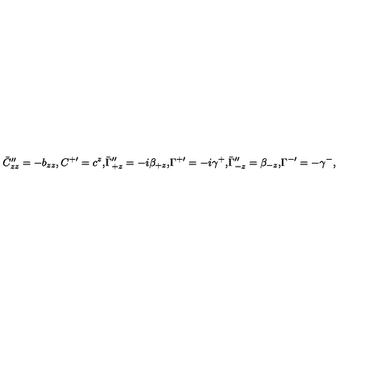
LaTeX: \begin{matrix} { \bar { C } _ { z z } ^ { \prime \prime } = - b _ { z z } , } & { C ^ { + \prime } = c ^ { z } , } \\ { \bar { \Gamma } _ { + z } ^ { \prime \prime } = - i \beta _ { + z } , } & { \Gamma ^ { + \prime } = - i \gamma ^ { + } , } \\ { \bar { \Gamma } _ { - z } ^ { \prime \prime } = \beta _ { - z } , } & { \Gamma ^ { - \prime } = - \gamma ^ { - } , } \\ \end{matrix}